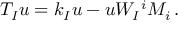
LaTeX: T _ { I } u = k _ { I } u - u W _ { I } { } ^ { i } M _ { i } \, .